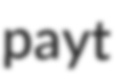
payt